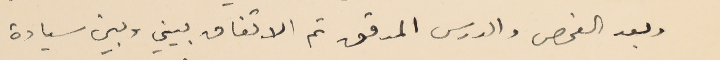
وبعد الفحص والدرس المدقق تم الاتفاق بيني وبين سيادة